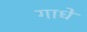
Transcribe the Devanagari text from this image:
गाधे